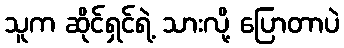
သူက ဆိုင်ရှင်ရဲ့ သားလို့ ပြောတာပဲ